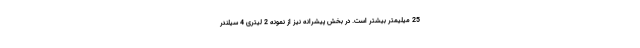
25 میلیمتر بیشتر است. در بخش پیشرانه نیز از نمونه 2 لیتری 4 سیلندر